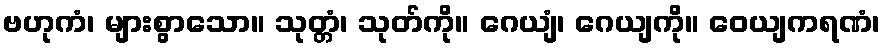
ဗဟုကံ၊ များစွာသော။ သုတ္တံ၊ သုတ်ကို။ ဂေယျံ၊ ဂေယျကို။ ဝေယျကရဏံ၊